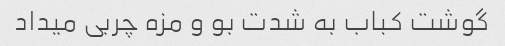
گوشت کباب به شدت بو و مزه چربی میداد